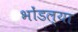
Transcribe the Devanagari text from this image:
भोंडल्या